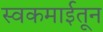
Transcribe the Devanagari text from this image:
स्वकमाईतून